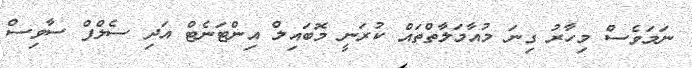
ނަމަވެސް މިހާރު ގިނަ މުއާމަލާތްތައް ކުރަނީ މޮބައިލް އިންޓަނެޓް އަދި ސެލްފް ސާވިސް